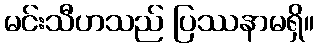
မင်းသီဟသည် ပြဿနာမရှိ။